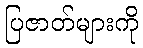
ပြဇာတ်များကို